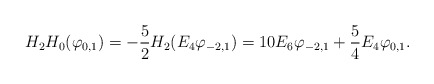
\begin{align*}H_2H_0(\varphi_{0,1})=-\frac{5}2H_2(E_4\varphi_{-2,1})=10E_6\varphi_{-2,1}+\frac 54 E_4\varphi_{0,1}.\end{align*}